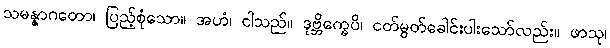
သမန္နာဂတော၊ ပြည့်စုံသော။ အဟံ၊ ငါသည်။ ဒုဗ္ဘိက္ခေပိ၊ ငတ်မွတ်ခေါင်းပါးသော်လည်း။ ဖာသု၊